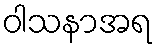
ဝါသနာအရ